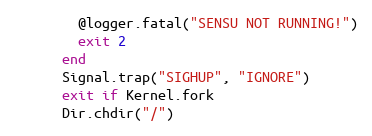
Language: Ruby
        @logger.fatal("SENSU NOT RUNNING!")
        exit 2
      end
      Signal.trap("SIGHUP", "IGNORE")
      exit if Kernel.fork
      Dir.chdir("/")